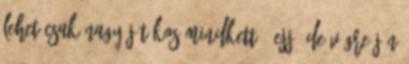
lehet csak nagy játékos mindkettő. Ejj. De végre jön